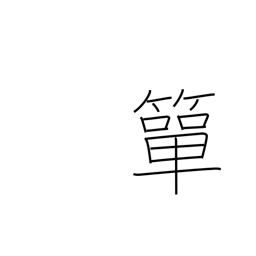
Meaning: small bamboo basket for holding